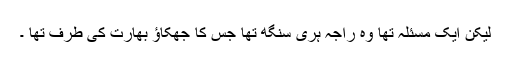
لیکن ایک مسئلہ تھا وہ راجہ ہری سنگھ تھا جس کا جھکاؤ بھارت کی طرف تھا ۔